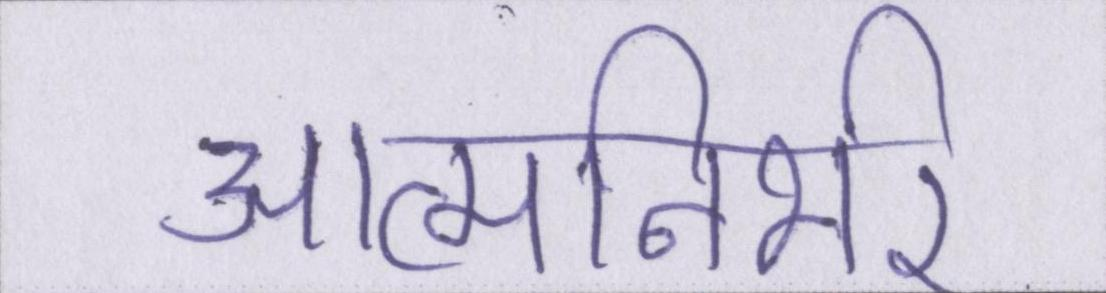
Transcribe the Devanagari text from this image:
आत्मनिर्भर